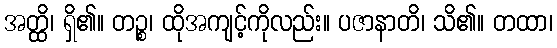
အတ္ထိ၊ ရှိ၏။ တဉ္စ၊ ထိုအကျင့်ကိုလည်း။ ပဇာနာတိ၊ သိ၏။ တထာ၊